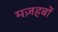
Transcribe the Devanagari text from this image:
मज़हबों